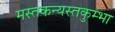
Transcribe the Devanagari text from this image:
मस्तकन्यस्तकुम्भा